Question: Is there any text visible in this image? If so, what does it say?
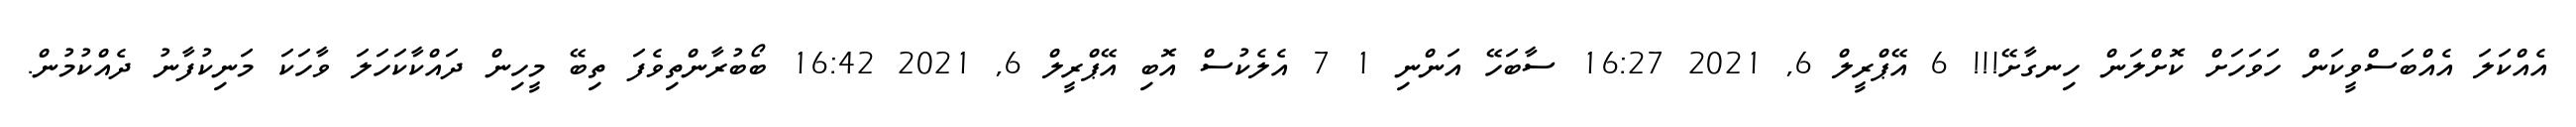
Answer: އެއްކަލަ އެއްބަސްވީކަން ހަވަހަށް ކޮށްލަން ހިނގާށޭ!!! 6 އޭޕްރީލް 6, 2021 16:27 ސާބަހޭ އަންނި 1 7 އެލެކުސް އޮބި އޭޕްރީލް 6, 2021 16:42 ބޯބުރާންތިވެފަ ތިބޭ މީހިން ދައްކާކަހަލަ ވާހަކަ މަނިކުފާނު ދެއްކުމުން.